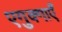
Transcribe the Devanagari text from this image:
एगुक्गाएँ